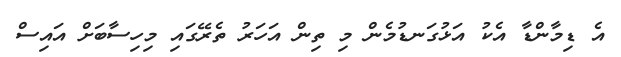
އެ ޑިމާންޑާ އެކު އަޅުގަނޑުމެން މި ތިން އަހަރު ތެރޭގައި މިހިސާބަށް އައިސް